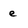
Character: e